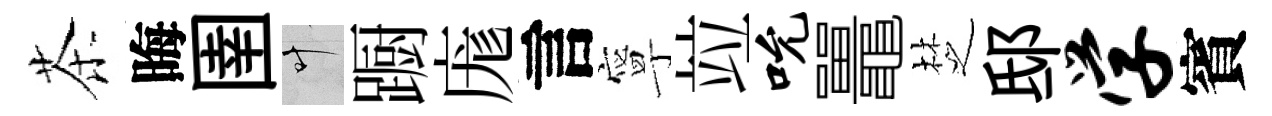
茶晦圉叶蹰庬言寧竝吮鼉椘邸学賓